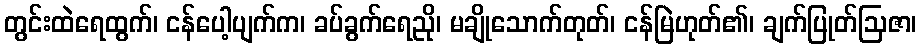
တွင်းထဲရေထွက်၊ ငန်ပေါ့ပျက်က၊ ခပ်ခွက်ရေညို၊ မချိုသောက်တုတ်၊ ငန်မြဲဟုတ်၏၊ ချက်ပြုတ်ဩဇာ၊